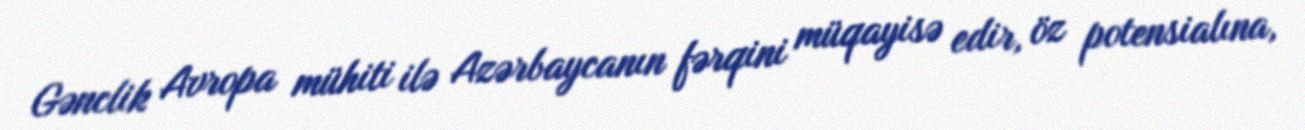
Gənclik Avropa mühiti ilə Azərbaycanın fərqini müqayisə edir, öz potensialına,